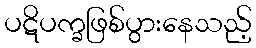
ပဋိပက္ခဖြစ်ပွားနေသည့်